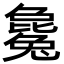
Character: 毚